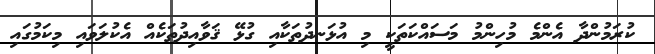
ކުރަމުންދާ އެންމެ މުހިންމު މަސައްކަތަކީ މި އުޅަނދުތަކާއި ގުޅޭ ޤަވާއިދުތަކެއް އެކުލަވައި މިކަމުގައި